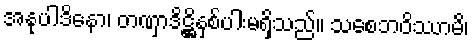
အနုပါဒိနော၊ တဏှာဒိဋ္ဌိနှစ်ပါးမရှိသည်။ သစေဘဝိဿာမိ၊